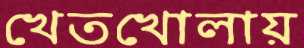
খেতখোলায়